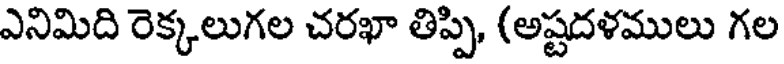
ఎనిమిది రెక్కలుగల చరఖా తిప్పి, (అష్టదళములు గల